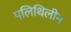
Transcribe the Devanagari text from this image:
पलिथिलीन